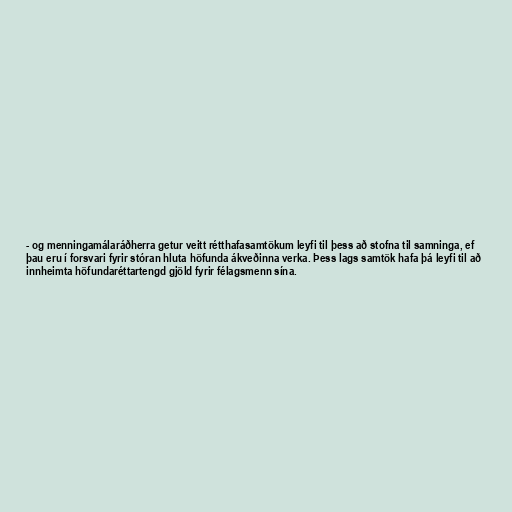
- og menningamálaráðherra getur veitt rétthafasamtökum leyfi til þess að stofna til samninga, ef
þau eru í forsvari fyrir stóran hluta höfunda ákveðinna verka. Þess lags samtök hafa þá leyfi til að
innheimta höfundaréttartengd gjöld fyrir félagsmenn sína.